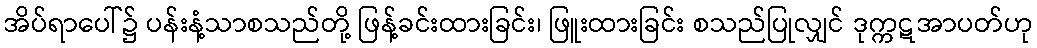
အိပ်ရာပေါ်၌ ပန်းနံ့သာစသည်တို့ ဖြန့်ခင်းထားခြင်း၊ ဖြူးထားခြင်း စသည်ပြုလျှင် ဒုက္ကဋအာပတ်ဟု